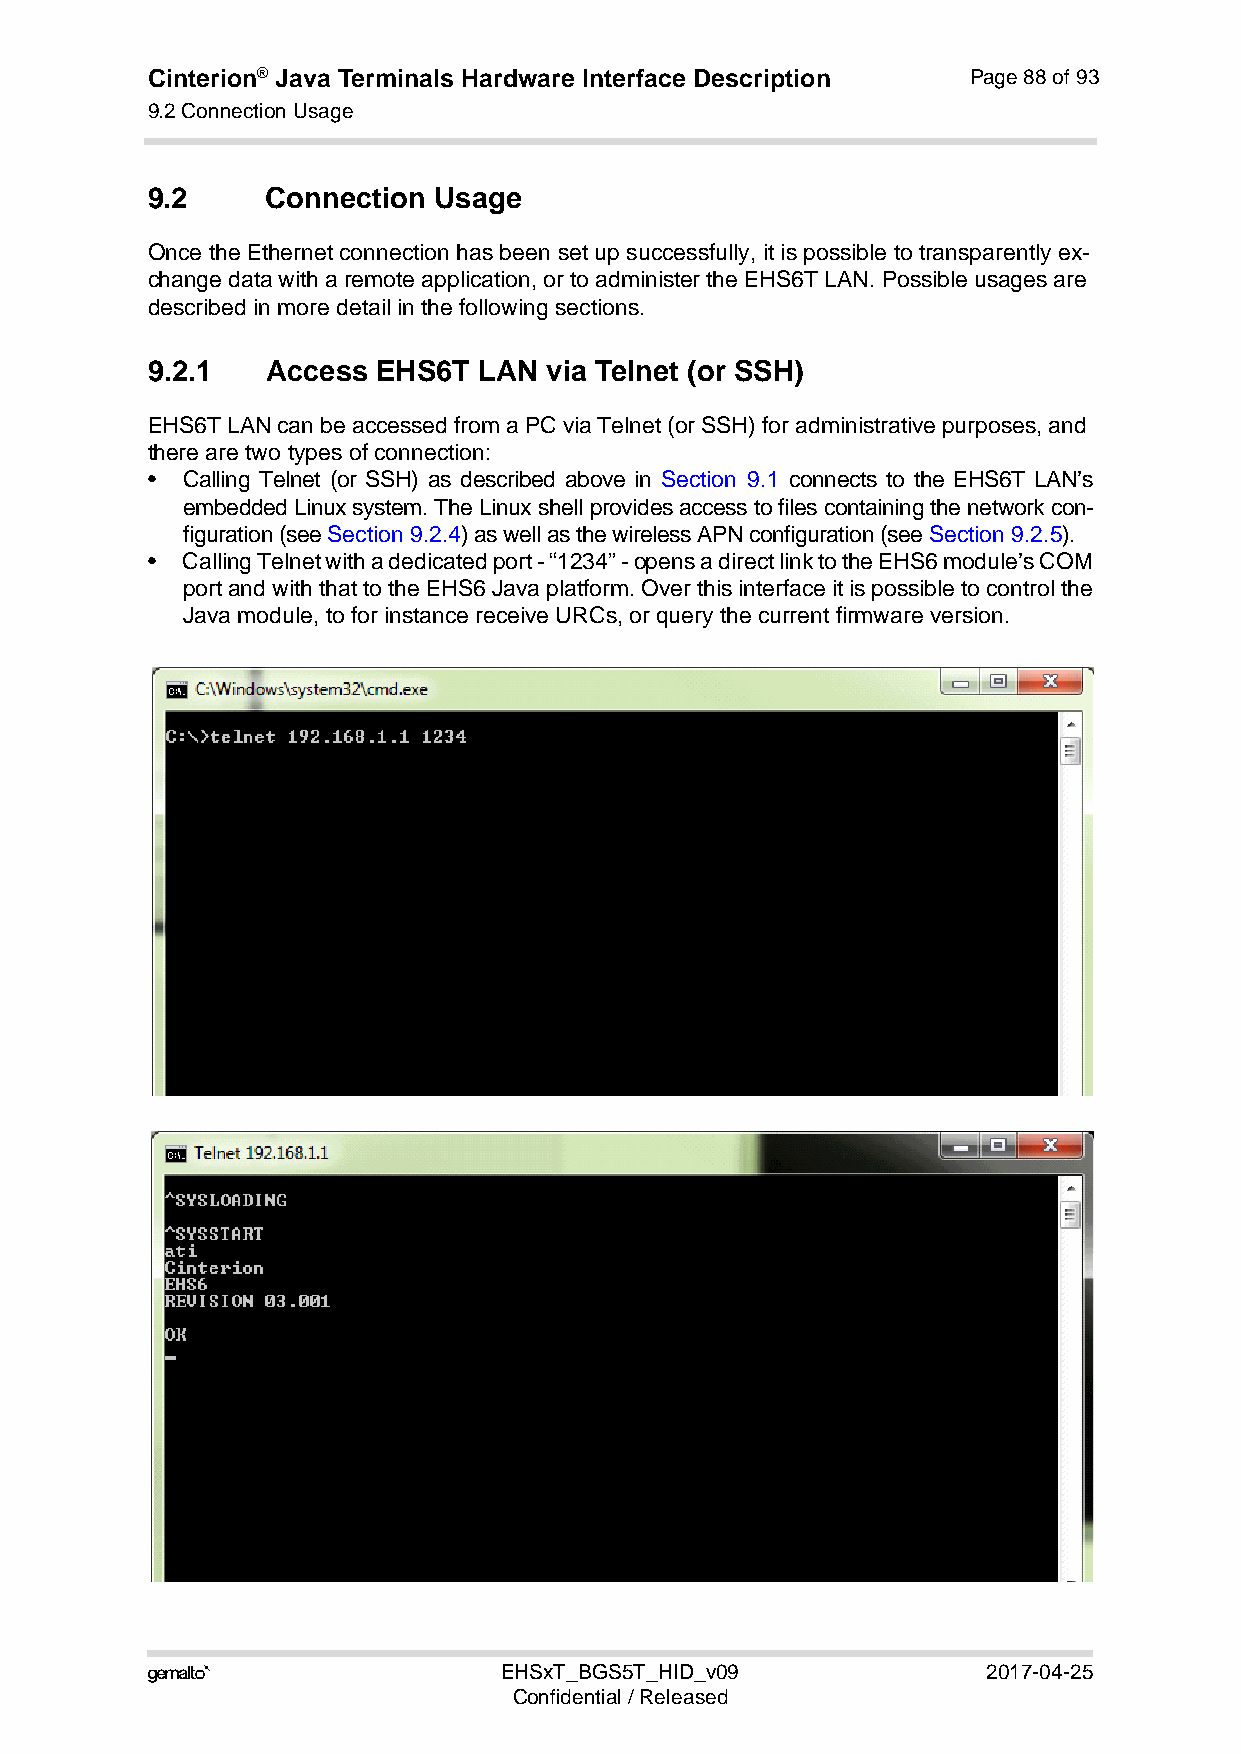
Cinterion® Java Terminals Hardware Interface Description Page 88 of 93
 9.2 Connection Usage
 92
 9.2     Connection Usage
 Once the Ethernet connection has been set up successfully, it is possible to transparently ex-
 change data with a remote application, or to administer the EHS6T LAN. Possible usages are
 described in more detail in the following sections.
 9.2.1   Access EHS6T  LAN via Telnet (or SSH)
 EHS6T LAN can be accessed from a PC via Telnet (or SSH) for administrative purposes, and
 there are two types of connection:
 • Calling Telnet (or SSH) as described above in Section 9.1 connects to the EHS6T LAN’s
 embedded Linux system. The Linux shell provides access to files containing the network con-
 figuration (see Section 9.2.4) as well as the wireless APN configuration (see Section 9.2.5).
 • Calling Telnet with a dedicated port - “1234” - opens a direct link to the EHS6 module’s COM
 port and with that to the EHS6 Java platform. Over this interface it is possible to control the
 Java module, to for instance receive URCs, or query the current firmware version.
                       EHSxT_BGS5T_HID_v09             2017-04-25
 Confidential / Released